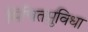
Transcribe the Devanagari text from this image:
सिंचितसुविधा